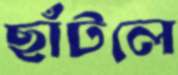
ছাঁটলে